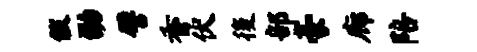
黻劭譬香伏後部豪廊陪